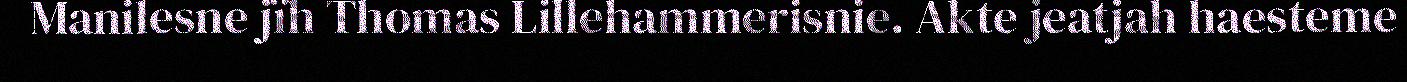
Manilesne jïh Thomas Lillehammerisnie. Akte jeatjah haesteme